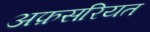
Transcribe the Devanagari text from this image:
अफ़सरियत